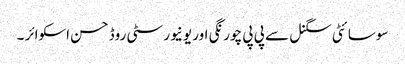
سوسا ئٹی سگنل سے پی پی چورنگی اور یونیورسٹی روڈ حسن اسکوائر ۔